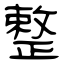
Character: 整